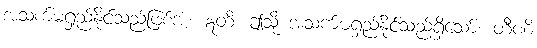
အသက်မရှည်နိုင်သည်ဖြစ်အံ့။ ဣတိ၊ ဤသို့ အသက်မရှည်နိုင်သည်ရှိသော်။ တီဏိ